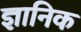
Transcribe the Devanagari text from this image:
ज्ञानिक